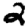
Digit: 2